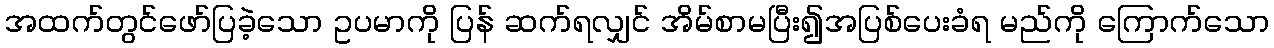
အထက်တွင်ဖော်ပြခဲ့သော ဥပမာကို ပြန် ဆက်ရလျှင် အိမ်စာမပြီး၍အပြစ်ပေးခံရ မည်ကို ကြောက်သော